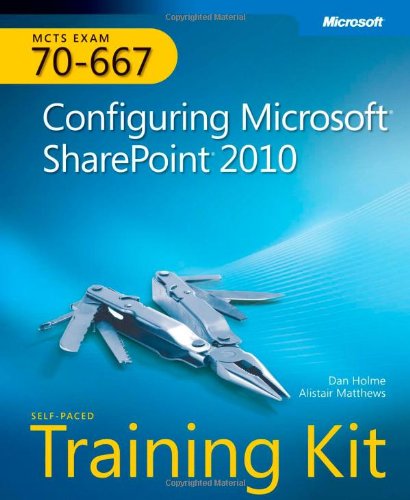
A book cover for Self-Paced Training Kit (Exam 70-667) Configuring Microsoft SharePoint 2010 (MCTS) (Microsoft Press Training Kit); Alistair Matthews; Computers & Technology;